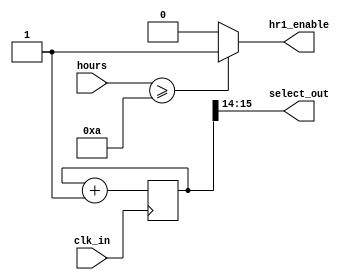
// This program was cloned from: https://github.com/FPGADude/Digital-Design
// License: GNU General Public License v3.0

`timescale 1ns / 1ps

// For 7-segment display clock
// Authored by David J Marion

module seg_control(
    input clk_in,
    input [3:0] hours,
    output hr1_enable,
    output [1:0] select_out
    );
    
    reg [15:0] select_counter = 0;
    
    always @(posedge clk_in) begin
        select_counter <= select_counter + 1;
    end
    
    assign select_out = select_counter[15:14];
    assign hr1_enable = (hours >= 10) ? 1 : 0;
    
endmodule